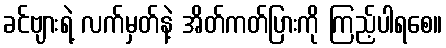
ခင်ဗျားရဲ့ လက်မှတ်နဲ့ အိတ်ကတ်ပြားကို ကြည့်ပါရစေ။